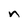
Character: n